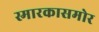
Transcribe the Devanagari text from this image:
स्मारकासमोर